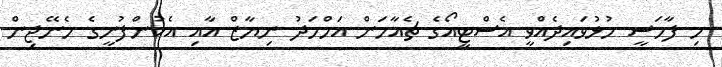
މި ފާމަސީ ހުޅުވައިދެއްވީ އެސްޓީއޯގެ ޗެއާމަން އަހްމަދު ނިޔާޒް އާއި އެކުންފުނީގެ މެނޭޖިން